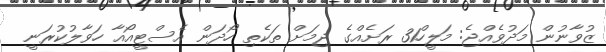
ޒުވާނުން މަދުވެއްޖެ: މަލީހް31 ރަށެއްގެ ޖިމަށް ތަކެތި ހޯދަން އެސްޓީއޯއާ ހަވާލުކުރަނީ